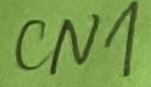
Text: CN1